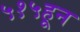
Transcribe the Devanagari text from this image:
५१५हून